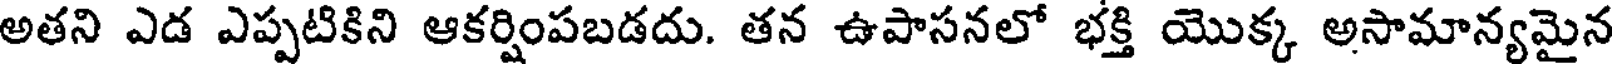
అతని ఎడ ఎప్పటికిని ఆకర్షింపబడదు. తన ఉపాసనలో భక్తి యొక్క అసామాన్యమైన